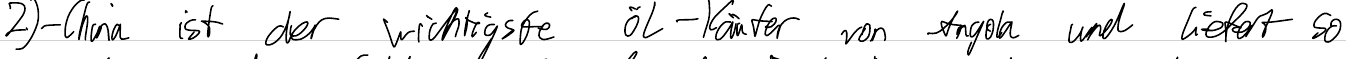
2) - China ist der wichtigste Öl-Käufer von Angola und liefert so